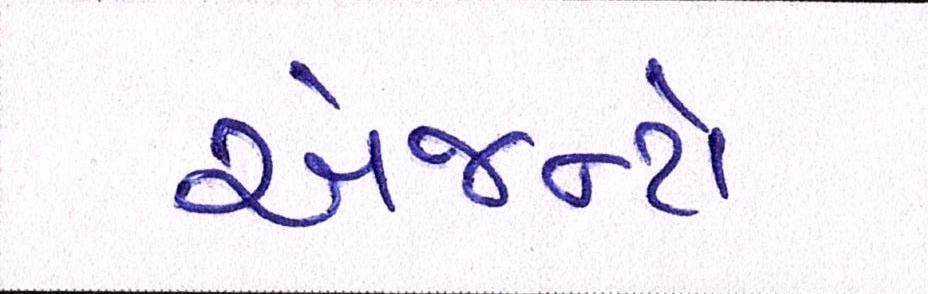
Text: એજન્ટો